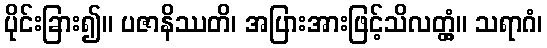
ပိုင်းခြား၍။ ပဇာနိဿတိ၊ အပြားအားဖြင့်သိလတ္တံ့။ သရာဂံ၊